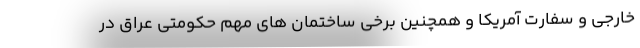
خارجی و سفارت آمریکا و همچنین برخی ساختمان های مهم حکومتی عراق در